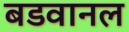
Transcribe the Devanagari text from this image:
बडवानल